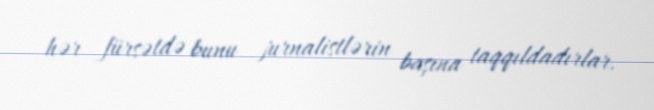
hər fürsətdə bunu jurnalistlərin başına taqqıldadırlar.